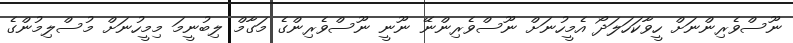
ނޫސްވެރިންނަށް ހީވާކަހަލަދޯ އެމީހުނަށް ނޫސްވެރިންނޭ ނޫނީ ނޫސްވެރިންގެ މަގާމް ލިބުނީމަ މިމީހުނަށް މުސްލިމުންގެ